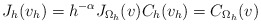
\begin{align*}J_{h}(v_{h})=h^{-\alpha }J_{\Omega _{h}}(v)C_{h}(v_{h})=C_{\Omega_{h}}(v) \end{align*}